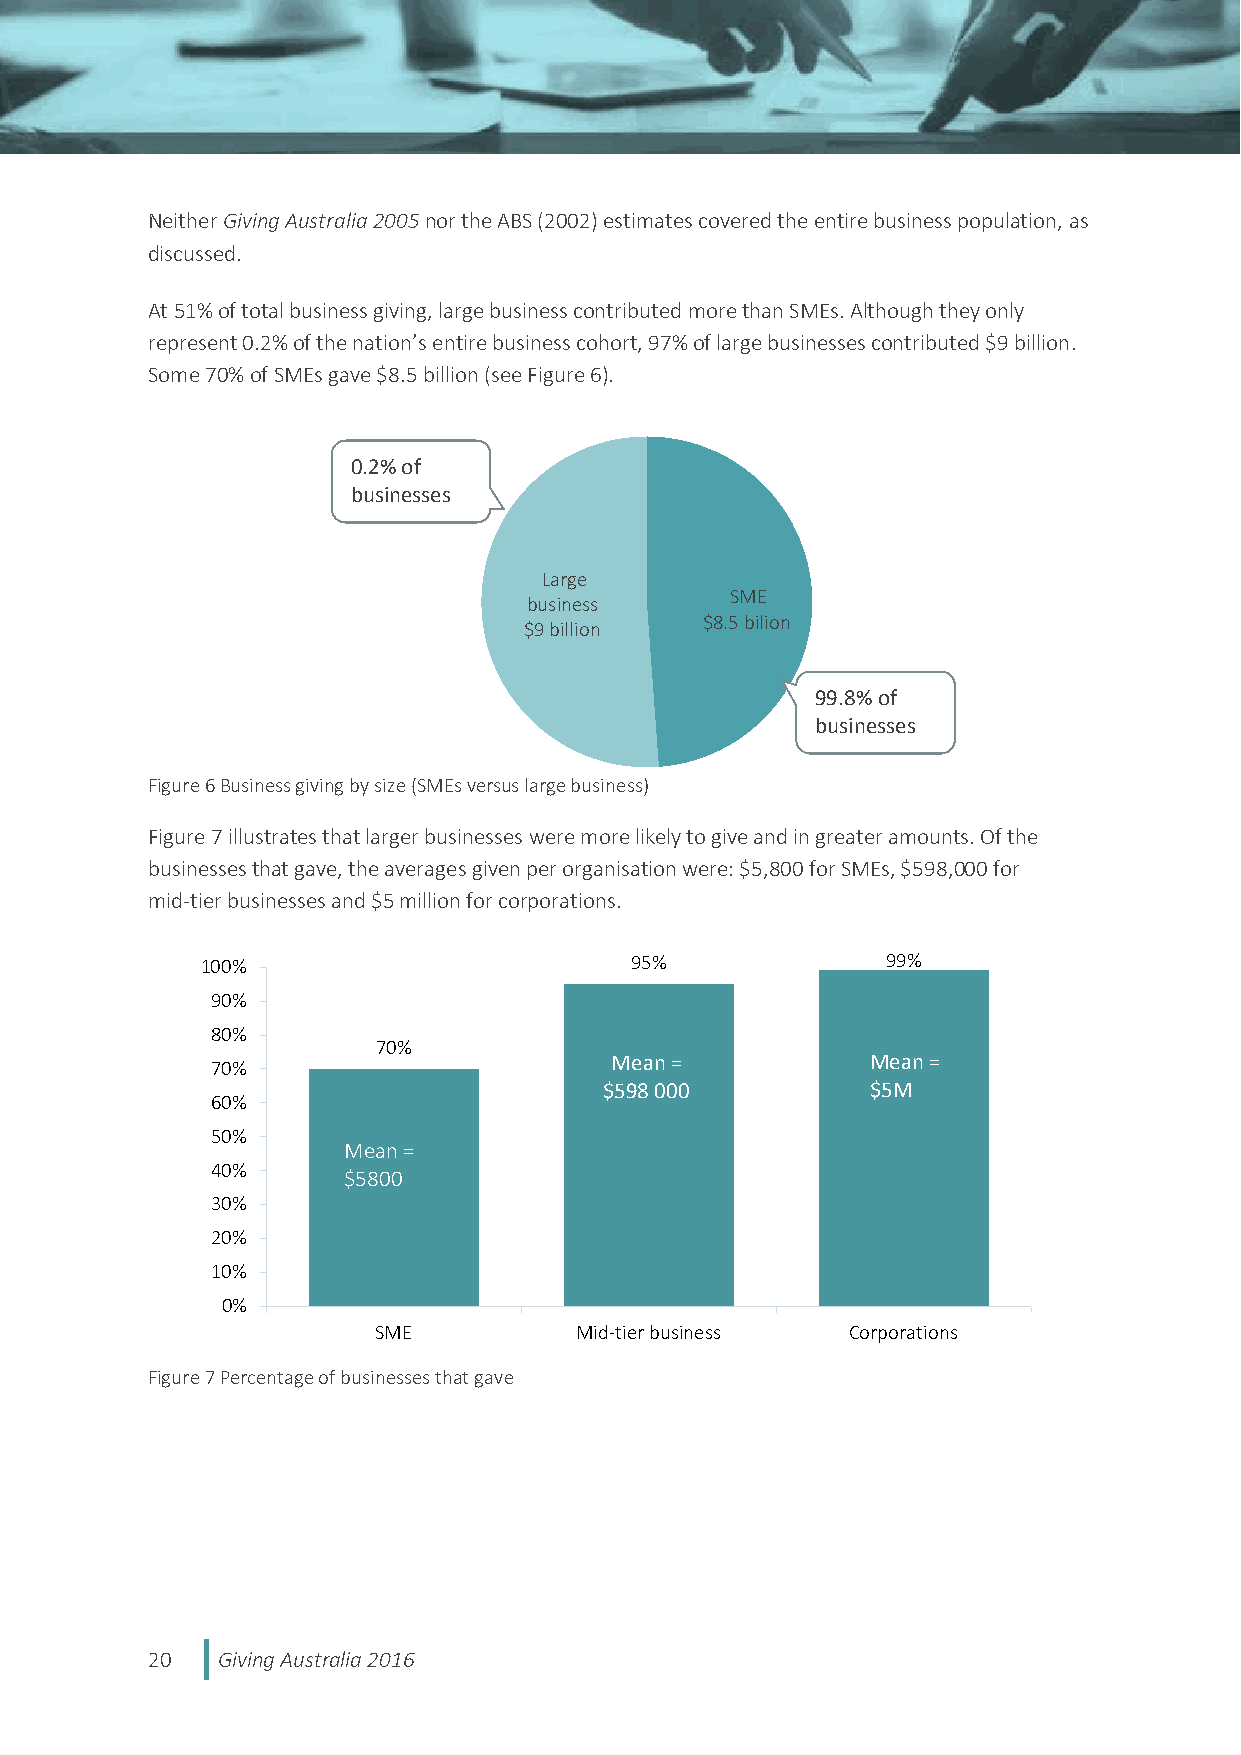
Neither Giving Australia 2005 nor the ABS (2002) estimates covered the entire business population, as
 discussed.
 At 51% of total business giving, large business contributed more than SMEs. Although they only
 represent 0.2% of the nation’s entire business cohort, 97% of large businesses contributed $9 billion.
 Some 70% of SMEs gave $8.5 billion (see Figure 6).
 0.2% of
 businesses
 Large
 SME
 business
 $8.5 bilion
 $9 billion
 99.8% of
 businesses
 Figure 6 Business giving by size (SMEs versus large business)
 Figure 7 illustrates that larger businesses were more likely to give and in greater amounts. Of the
 businesses that gave, the averages given per organisation were: $5,800 for SMEs, $598,000 for
 mid-tier businesses and $5 million for corporations.
 100%                         95%              99%
 90%
 80%
 70%
 Mean =            Mean =
 70%
 $598 000          $5M
 60%
 50%
 Mean =
 40%
 $5800
 30%
 20%
 10%
 0%
 SME          Mid-tier business Corporations
 Figure 7 Percentage of businesses that gave
 20  Giving Australia 2016